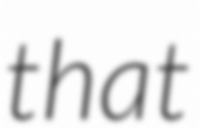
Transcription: that